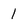
Character: 1